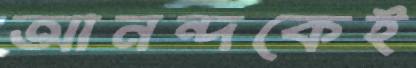
আনন্দকেই